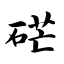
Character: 硭